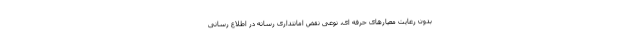
بدون رعایت معیارهای حرفه ای، نوعی نقض امانتداری رسانه در اطلاع رسانی